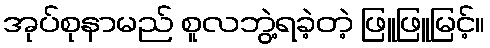
အုပ်စုနာမည် စူလဘွဲ့ရခဲ့တဲ့ ဖြူဖြူမြင့်။